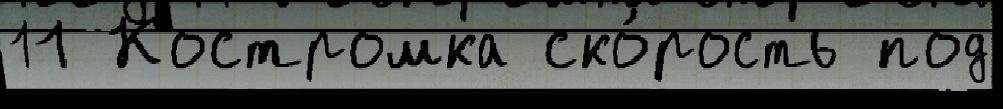
11 Костромка ско́рость под